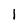
Character: 1